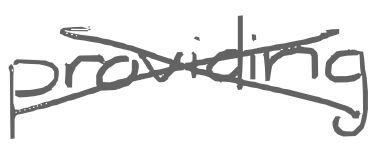
Text: providing
Cross-out: cross
Writing tool: digital_gray